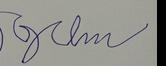
Signature authenticity: forged